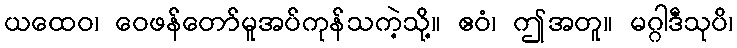
ယထေဝ၊ ဝေဖန်တော်မူအပ်ကုန်သကဲ့သို့။ ဧဝံ၊ ဤအတူ။ မဂ္ဂါဒီသုပိ၊